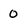
Character: 0